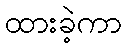
ထားခဲ့ကာ